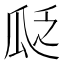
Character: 𬎣